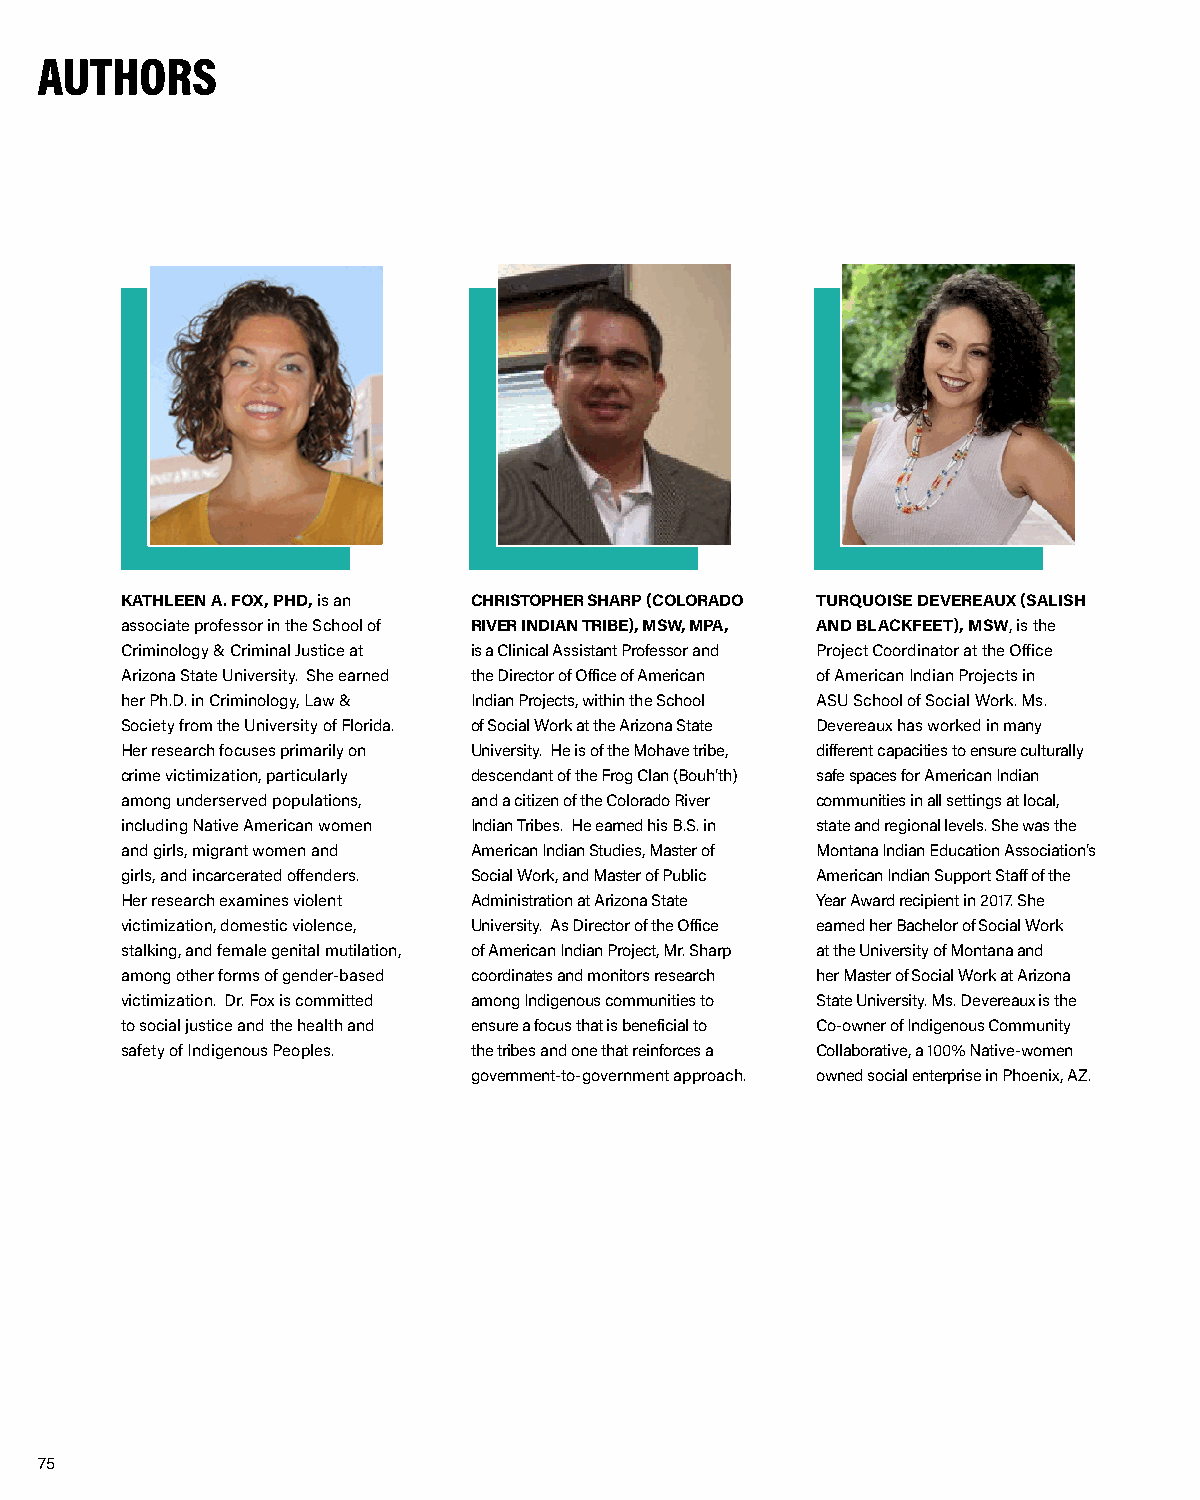
AUTHORS
 KATHLEEN A. FOX, PHD, is an CHRISTOPHER SHARP (COLORADO TURQUOISE DEVEREAUX (SALISH
 associate professor in the School of RIVER INDIAN TRIBE), MSW, MPA, AND BLACKFEET), MSW, is the
 Criminology & Criminal Justice at is a Clinical Assistant Professor and Project Coordinator at the Office
 Arizona State University. She earned the Director of Office of American of American Indian Projects in
 her Ph.D. in Criminology, Law & Indian Projects, within the School ASU School of Social Work. Ms.
 Society from the University of Florida. of Social Work at the Arizona State Devereaux has worked in many
 Her research focuses primarily on University. He is of the Mohave tribe, different capacities to ensure culturally
 crime victimization, particularly descendant of the Frog Clan (Bouh’th) safe spaces for American Indian
 among underserved populations, and a citizen of the Colorado River communities in all settings at local,
 including Native American women Indian Tribes. He earned his B.S. in state and regional levels. She was the
 and girls, migrant women and American Indian Studies, Master of Montana Indian Education Association’s
 girls, and incarcerated offenders. Social Work, and Master of Public American Indian Support Staff of the
 Her research examines violent Administration at Arizona State Year Award recipient in 2017. She
 victimization, domestic violence, University. As Director of the Office earned her Bachelor of Social Work
 stalking, and female genital mutilation, of American Indian Project, Mr. Sharp at the University of Montana and
 among other forms of gender-based coordinates and monitors research her Master of Social Work at Arizona
 victimization. Dr. Fox is committed among Indigenous communities to State University. Ms. Devereaux is the
 to social justice and the health and ensure a focus that is beneficial to Co-owner of Indigenous Community
 safety of Indigenous Peoples. the tribes and one that reinforces a Collaborative, a 100% Native-women
 government-to-government approach. owned social enterprise in Phoenix, AZ.
 75